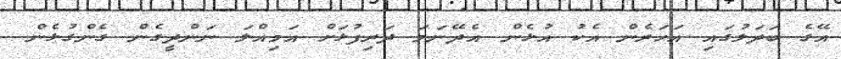
އޭގެ ބަދަލުގައި އަހަރެން އެކު އުޅެން އެދޭނަމަ ދަރިފުޅަށް އަމިއްލަ ނަންދީގެން ގެންގުޅެން